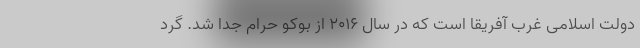
دولت اسلامی غرب آفریقا است که در سال ۲۰۱۶ از بوکو حرام جدا شد. گرد